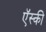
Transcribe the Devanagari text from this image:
ऍस्की